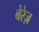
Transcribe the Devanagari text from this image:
बेरेज़